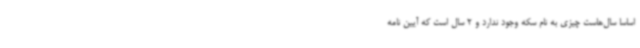
اساسا سال‌هاست چیزی به نام سکه وجود ندارد و 2 سال است که آیین نامه